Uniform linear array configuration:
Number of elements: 4
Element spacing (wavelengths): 0.25
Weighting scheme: hamming
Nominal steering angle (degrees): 15
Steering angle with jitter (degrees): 14.534
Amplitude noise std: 0.05
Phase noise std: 0.05

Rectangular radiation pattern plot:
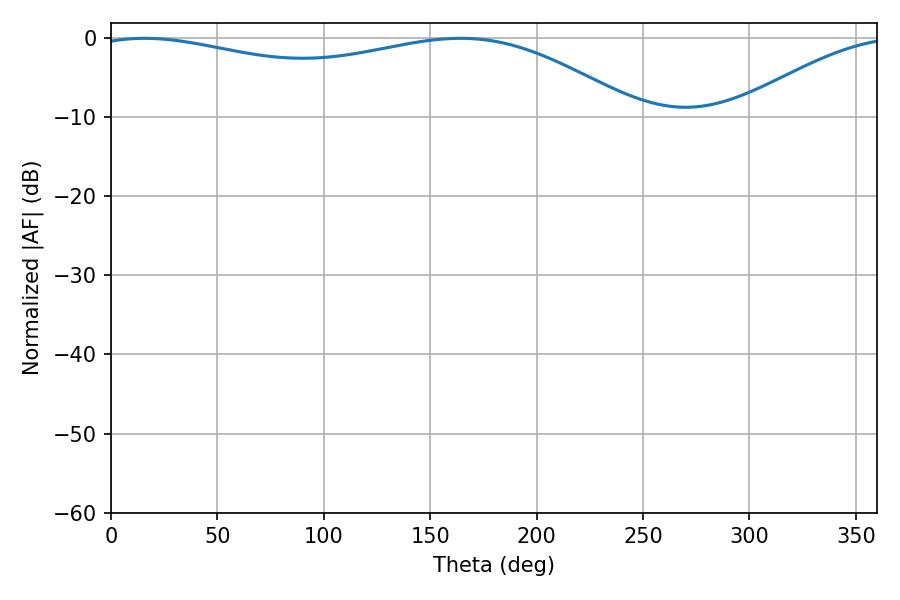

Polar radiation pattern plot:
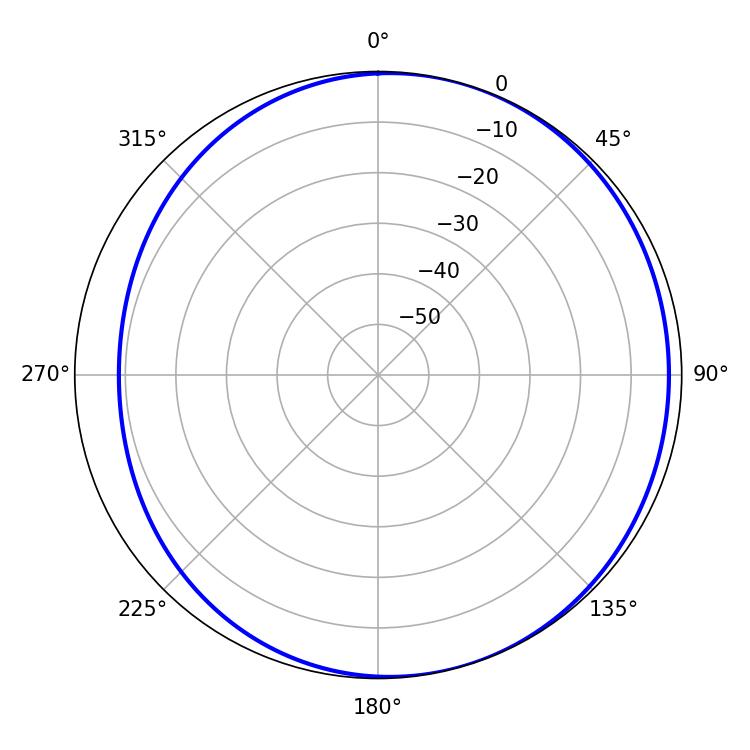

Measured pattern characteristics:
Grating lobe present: FALSE
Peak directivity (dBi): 3.561
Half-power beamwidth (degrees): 210.06
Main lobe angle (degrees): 15.84